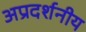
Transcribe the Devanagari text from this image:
अप्रदर्शनीय